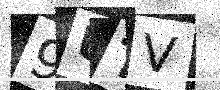
Text: 9UTV